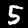
Digit: 5